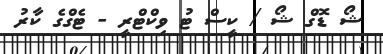
ޝޯ ޑޮގް ޝޯ / ކީސް ޓު ވިކްޓްރީ - ޓެގްގެ ކާރު